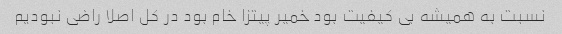
نسبت به همیشه بی کیفیت بود خمیر پیتزا خام بود در کل اصلا راضی نبودیم